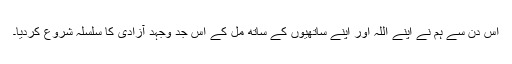
اس دن سے ہم نے اپنے اللہ اور اپنے ساتھیوں کے ساتھ مل کے اس جد وجہد آزادی کا سلسلہ شروع کردیا۔